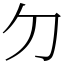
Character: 𠚣